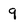
Character: 9